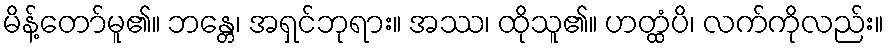
မိန့်တော်မူ၏။ ဘန္တေ၊ အရှင်ဘုရား။ အဿ၊ ထိုသူ၏။ ဟတ္ထံပိ၊ လက်ကိုလည်း။